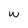
Character: w